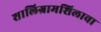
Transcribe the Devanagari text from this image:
शालिग्रामशिलावा